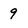
Character: 9